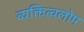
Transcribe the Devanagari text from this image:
व्यक्तित्वलोप